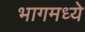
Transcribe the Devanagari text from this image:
भागमध्ये